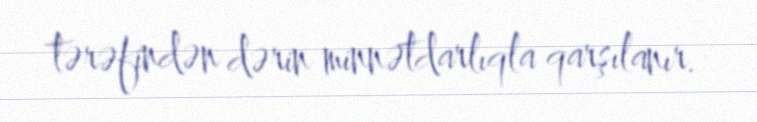
tərəfindən dərin minnətdarlıqla qarşılanır.